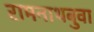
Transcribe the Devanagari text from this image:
रामनाथबुवा